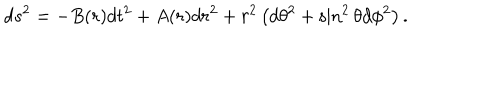
LaTeX: d s ^ { 2 } = - B ( r ) d t ^ { 2 } + A ( r ) d r ^ { 2 } + r ^ { 2 } \left( d \theta ^ { 2 } + \sin ^ { 2 } \theta d \phi ^ { 2 } \right) .